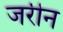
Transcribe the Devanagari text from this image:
जरीन